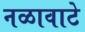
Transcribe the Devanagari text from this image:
नळावाटे